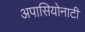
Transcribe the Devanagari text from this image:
अपासियोनाटी